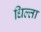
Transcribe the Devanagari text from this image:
धिल्ता